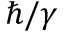
\hbar / \gamma